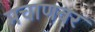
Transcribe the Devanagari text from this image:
मचाणवर